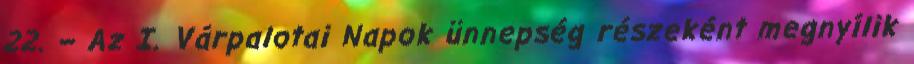
22. – Az I. Várpalotai Napok ünnepség részeként megnyílik